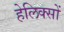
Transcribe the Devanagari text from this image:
हेलिक्सों